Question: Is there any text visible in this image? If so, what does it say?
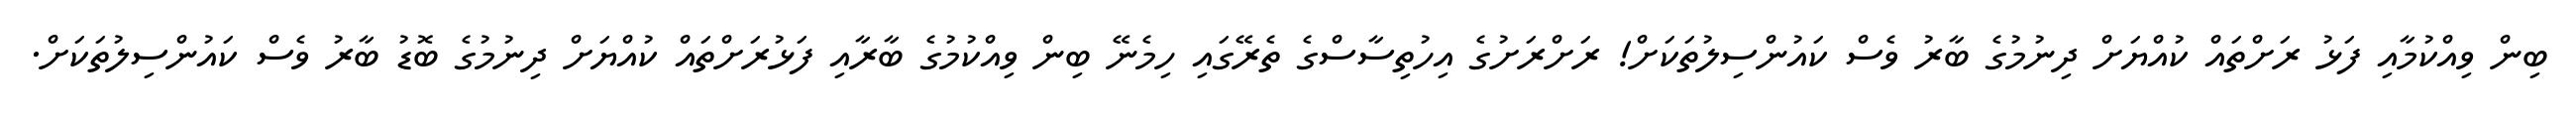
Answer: ބިން ވިއްކުމާއި ފަޅު ރަށްތައް ކުއްޔަށް ދިނުމުގެ ބާރު ވެސް ކައުންސިލުތަކަށް! ރަށްރަށުގެ އިހުތިސާސްގެ ތެރޭގައި ހިމެނޭ ބިން ވިއްކުމުގެ ބާރާއި ފަޅުރަށްތައް ކުއްޔަށް ދިނުމުގެ ބޮޑު ބާރު ވެސް ކައުންސިލުތަކަށް.